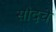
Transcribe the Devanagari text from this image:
सौदचे